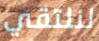
لنلتقي